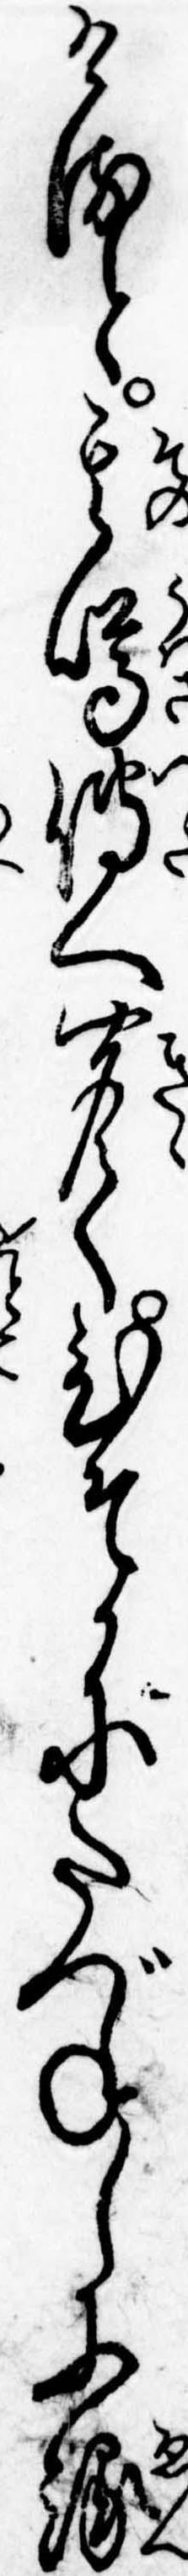
けると其噂伝へ聞てひそかにたづねしに縁